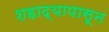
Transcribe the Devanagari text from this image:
शहाद्यापासून